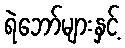
ရဲဘော်များနှင့်